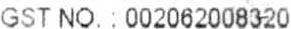
GST NO. : 002062008320